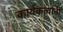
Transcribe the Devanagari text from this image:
कार्यकर्त्‍यानी